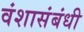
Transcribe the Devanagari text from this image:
वंशासंबंधी